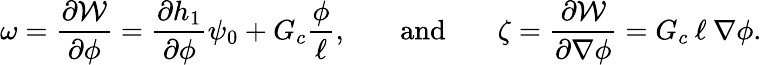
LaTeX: \omega=\frac{\partial\mathcal{W}}{\partial\phi}=\frac{\partial h_{1}}{\partial\phi}\psi_{0}+G_{c}\frac{\phi}{\ell},\, \, \, \, \, \, \, \, \, \, \, \mathrm{and}\, \, \, \, \, \, \, \, \, \, \, \mathbf{\zeta}=\frac{\partial\mathcal{W}}{\partial\nabla\phi}=G_{c}\: \ell\: \nabla\phi.